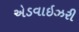
એડવાઇઝરી